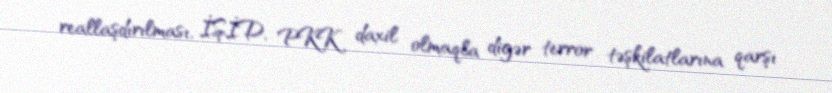
reallaşdırılması, İŞİD, PKK daxil olmaqla digər terror təşkilatlarına qarşı